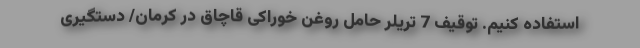
استفاده کنیم. توقیف 7 تریلر حامل روغن خوراکی قاچاق در کرمان/ دستگیری